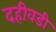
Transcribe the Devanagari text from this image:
दहीवडी